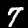
Digit: 7